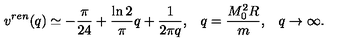
v ^ { r e n } ( q ) \simeq - \frac { \pi } { 2 4 } + \frac { \ln 2 } { \pi } q + \frac { 1 } { 2 \pi q } { , } \quad q = \frac { M _ { 0 } ^ { 2 } R } { m } { , } \quad q \to \infty { . }